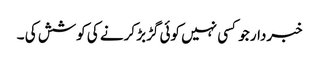
خبردار جو کسی نہیں کوئی گڑبڑ کرنے کی کوشش کی ۔